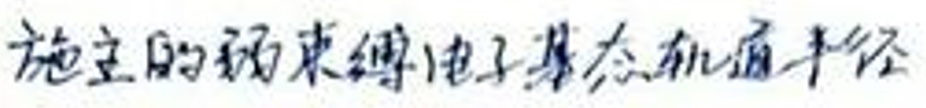
施主的弱束缚电子基态轨道半径